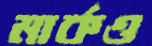
মার্কও